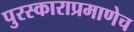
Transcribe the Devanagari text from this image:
पुरस्काराप्रमाणेच